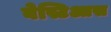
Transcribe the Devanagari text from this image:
बेस्टिआस